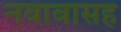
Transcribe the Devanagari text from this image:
नवाबासह